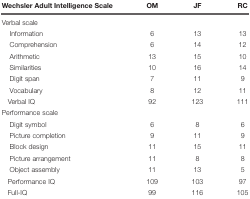
<table><thead><tr><td><b>Wechsler Adult Intelligence Scale</b></td><td><b>OM</b></td><td><b>JF</b></td><td><b>RC</b></td></tr></thead><tbody><tr><td>Verbal scale</td><td></td><td></td><td></td></tr><tr><td>Information</td><td>6</td><td>13</td><td>13</td></tr><tr><td>Comprehension</td><td>6</td><td>14</td><td>12</td></tr><tr><td>Arithmetic</td><td>13</td><td>15</td><td>10</td></tr><tr><td>Similarities</td><td>10</td><td>16</td><td>14</td></tr><tr><td>Digit span</td><td>7</td><td>11</td><td>9</td></tr><tr><td>Vocabulary</td><td>8</td><td>12</td><td>11</td></tr><tr><td>Verbal IQ</td><td>92</td><td>123</td><td>111</td></tr><tr><td>Performance scale</td><td></td><td></td><td></td></tr><tr><td>Digit symbol</td><td>6</td><td>8</td><td>6</td></tr><tr><td>Picture completion</td><td>9</td><td>11</td><td>9</td></tr><tr><td>Block design</td><td>11</td><td>15</td><td>11</td></tr><tr><td>Picture arrangement</td><td>11</td><td>8</td><td>8</td></tr><tr><td>Object assembly</td><td>11</td><td>13</td><td>5</td></tr><tr><td>Performance IQ</td><td>109</td><td>103</td><td>97</td></tr><tr><td>Full-IQ</td><td>99</td><td>116</td><td>105</td></tr></tbody></table>